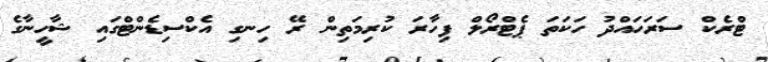
ޓްރެކް ސަރަހައްދު ހަކަތަ ޕެޓްރޯލް ފިހާރަ ކުރިމަތިން ރޭ ހިނގި އެކްސިޑެންޓްގައި ޝާހީނާގެ